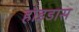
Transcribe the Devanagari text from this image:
होइडास